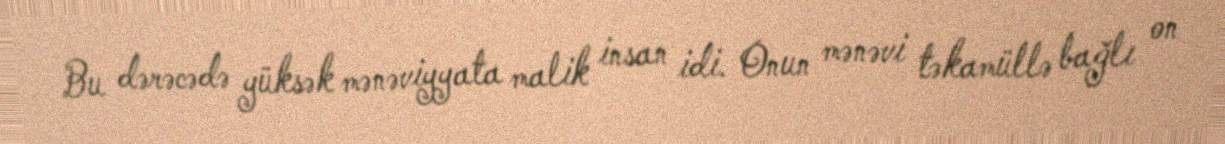
Bu dərəcədə yüksək mənəviyyata malik insan idi. Onun mənəvi təkamüllə bağlı on